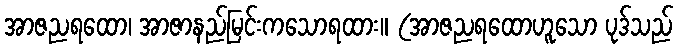
အာဇညရထော၊ အာဇာနည်မြင်းကသောရထား။ (အာဇညရထောဟူသော ပုဒ်သည်